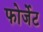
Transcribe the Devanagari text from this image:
फोर्जेट